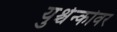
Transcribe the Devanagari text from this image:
युश्चेन्कोवर